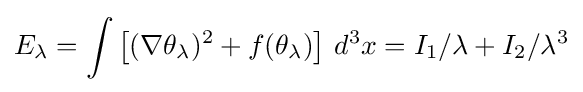
E_{\lambda }=\int \left[(\nabla \theta _{\lambda })^{2}+f(\theta _{\lambda })\right]\,d^{3}x=I_{1}/\lambda +I_{2}/\lambda ^{3}